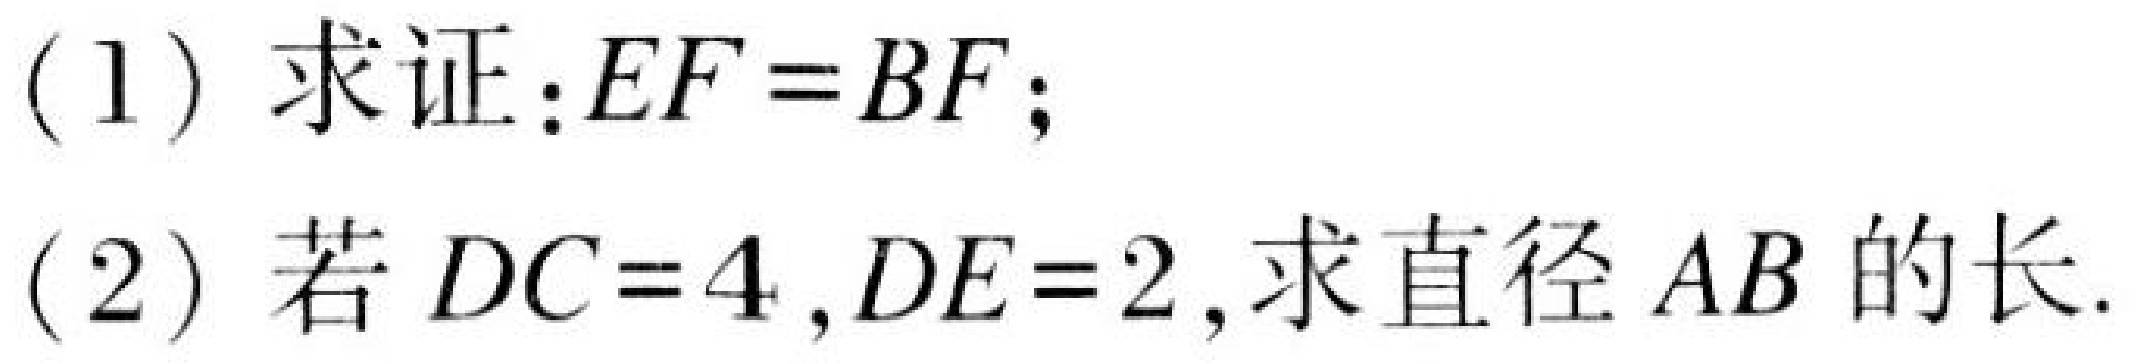
(1) 求证：\(EF = BF\)；
(2) 若 \(DC = 4\)，\(DE = 2\)，求直径 \(AB\) 的长.